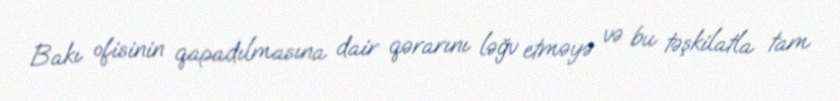
Bakı ofisinin qapadılmasına dair qərarını ləğv etməyə və bu təşkilatla tam